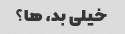
خیلی بد، ها؟